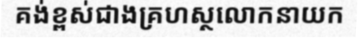
គង់ខ្ពស់ជាងគ្រហស្ថលោកនាយក